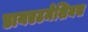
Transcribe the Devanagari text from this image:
डायएटमेशियस